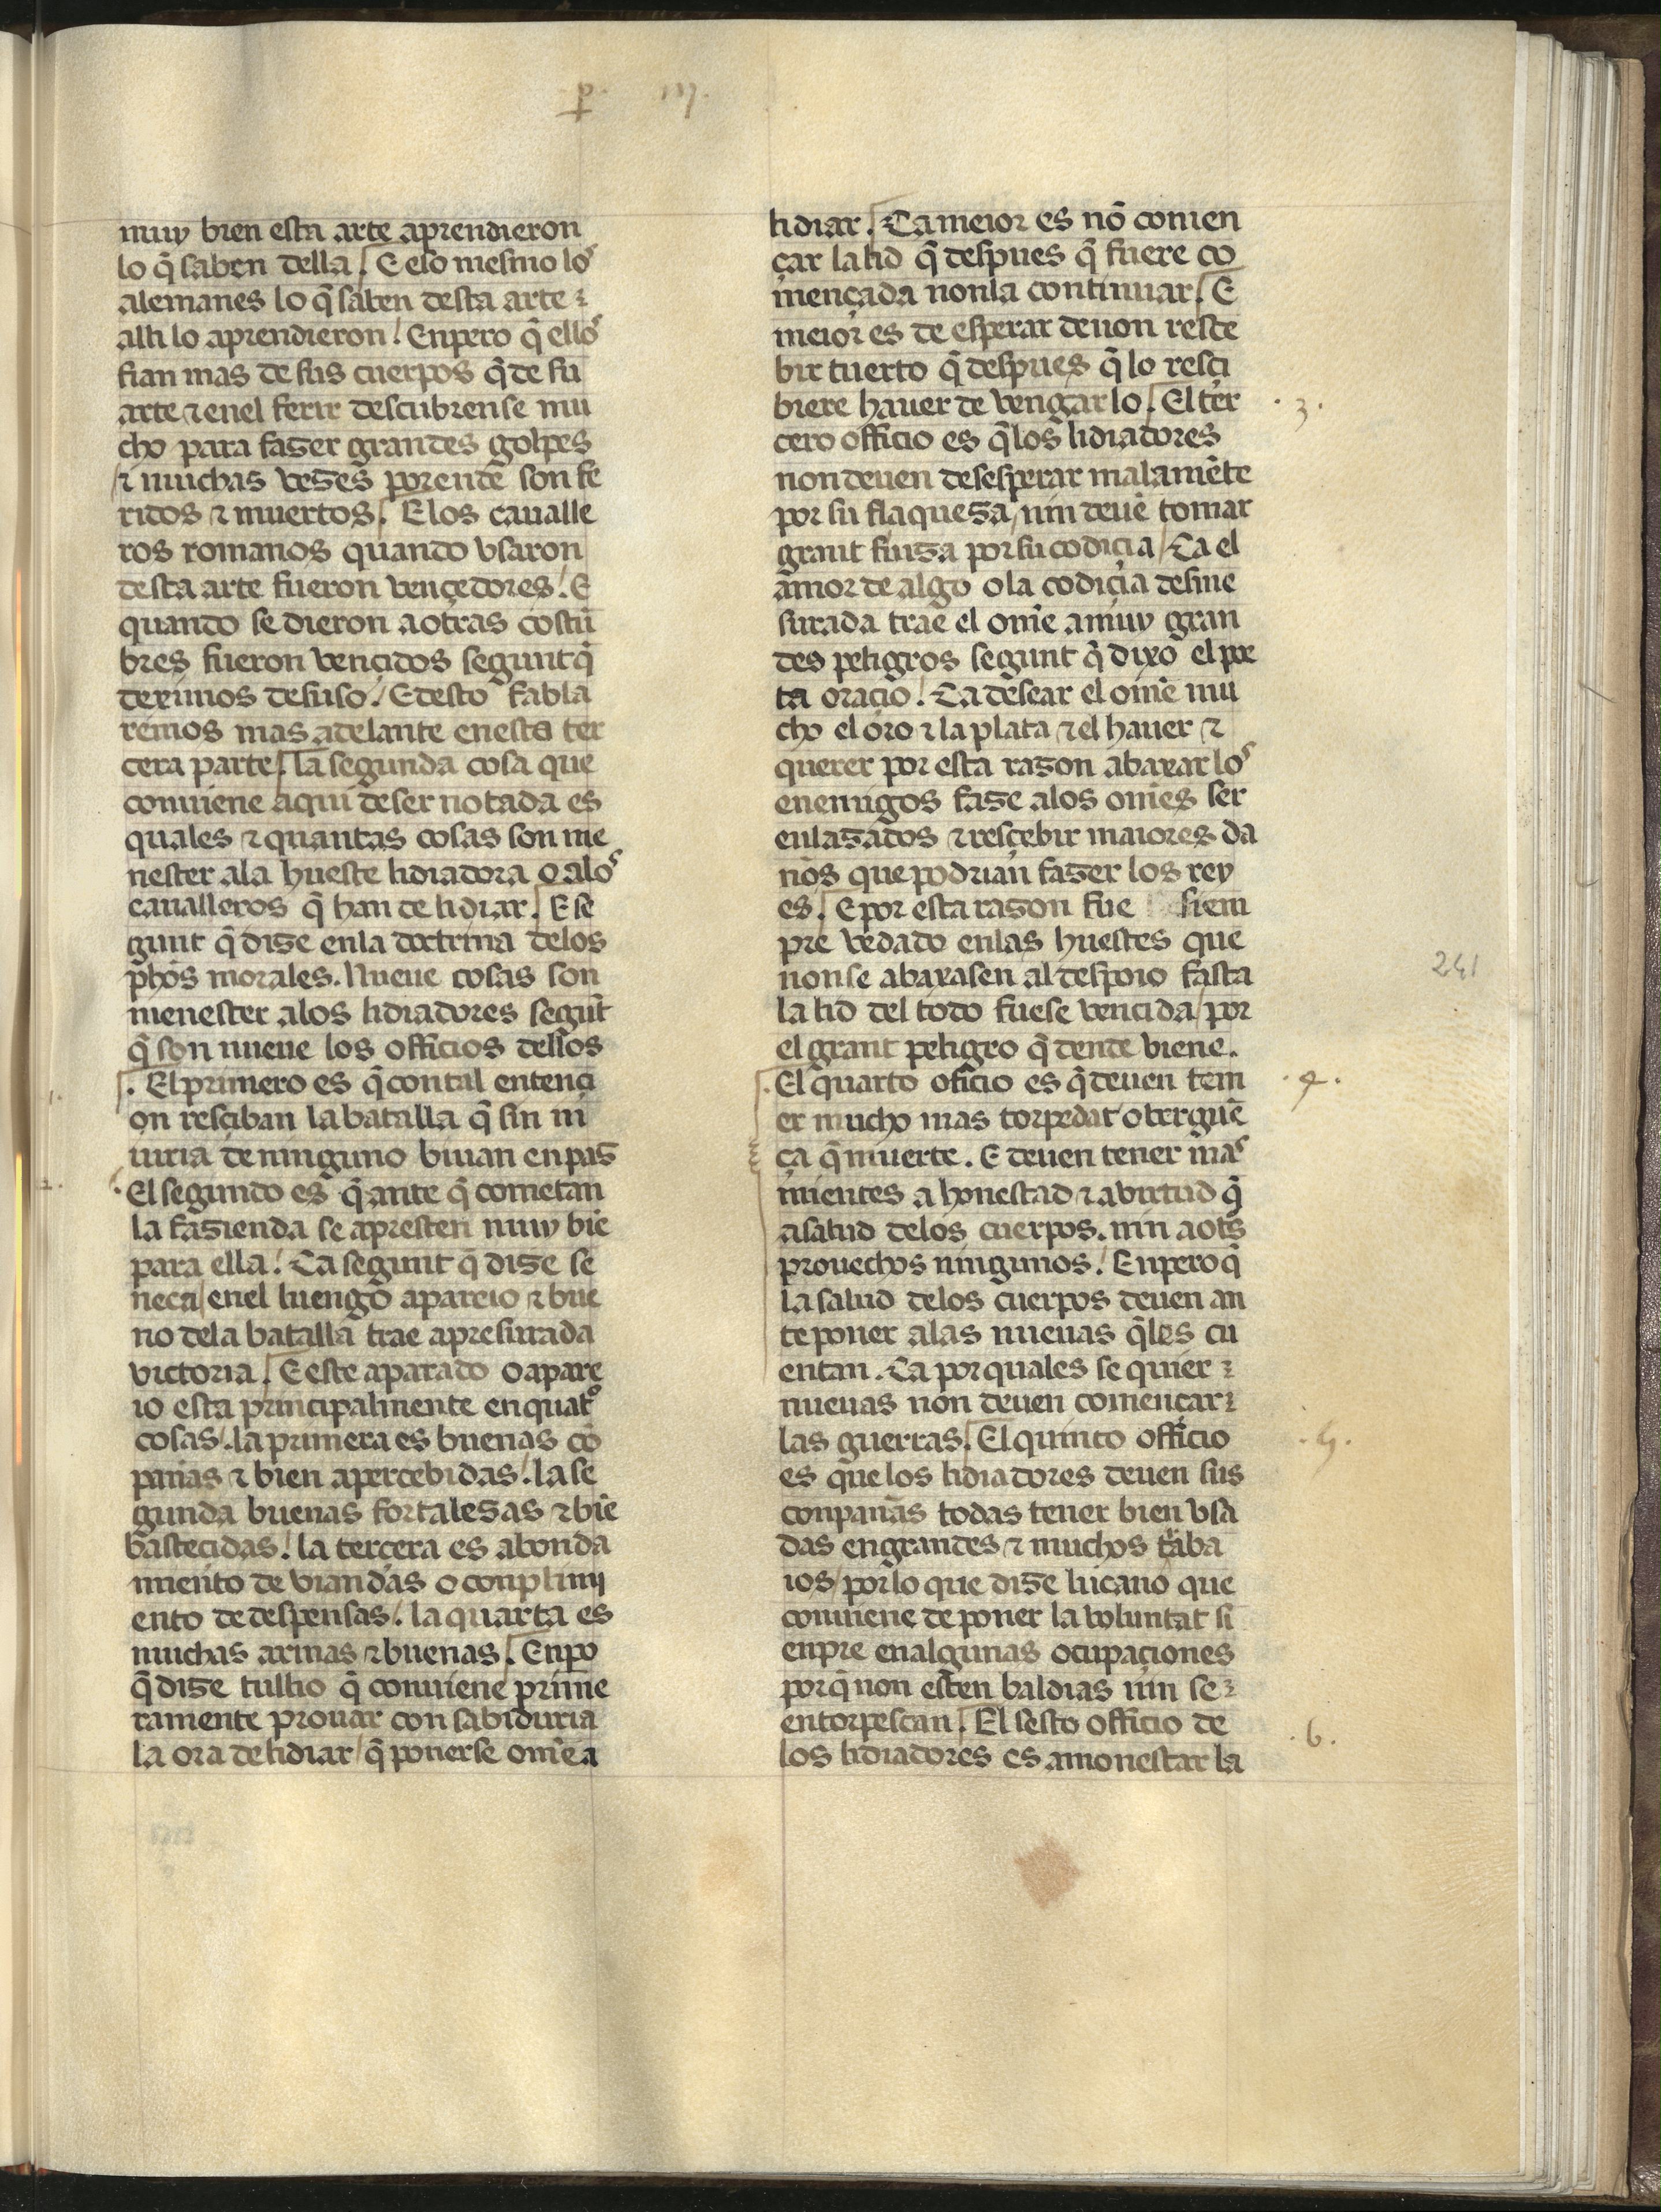
Shelfmark: Madrid, Fundación Lázaro Galdiano, mss 289
Century: 15